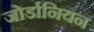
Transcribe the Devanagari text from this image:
जोर्डानियन